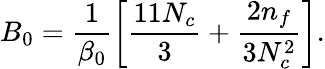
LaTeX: B_{0}=\frac{1}{\beta_{0}}\left[\frac{11N_{c}}{3}+\frac{2n_{f}}{3N_{c}^{2}}\right].